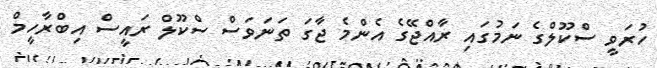
ހުރަވީ ސްކޫލްގެ ނަމުގައި ރާއްޖޭގެ އެންމެ ޖާގަ ތަނަވަސް ސްކޫލް ރައީސް އިބްރާހީމް